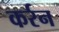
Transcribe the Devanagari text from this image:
कर्रन